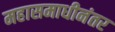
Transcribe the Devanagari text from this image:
महासमाधीनंतर